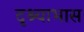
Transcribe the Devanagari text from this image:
दृश्याभास